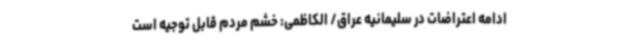
ادامه اعتراضات در سلیمانیه عراق/ الکاظمی: خشم مردم قابل توجیه است